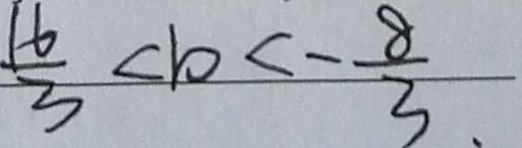
\frac { 1 6 } { 3 } < b < - \frac { 8 } { 3 } .